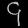
Digit: ၄